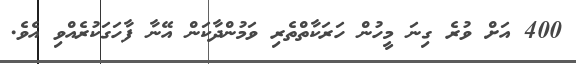
400 އަށް ވުރެ ގިނަ މީހުން ހަރަކާތްތެރި ވަމުންދާކަން އޭނާ ފާހަގަކުރެއްވި އެވެ.